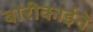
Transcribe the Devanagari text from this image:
बारीकाईने